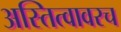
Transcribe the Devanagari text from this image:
अस्तित्वावरच